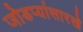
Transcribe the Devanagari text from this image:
जोडप्यांसारखे